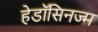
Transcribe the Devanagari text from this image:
हेडॉसिनज्म